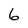
Character: 6